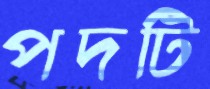
পদটি